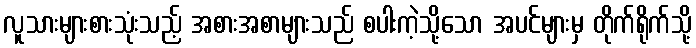
လူသားများစားသုံးသည့် အစားအစာများသည် စပါးကဲ့သို့သော အပင်များမှ တိုက်ရိုက်သို့